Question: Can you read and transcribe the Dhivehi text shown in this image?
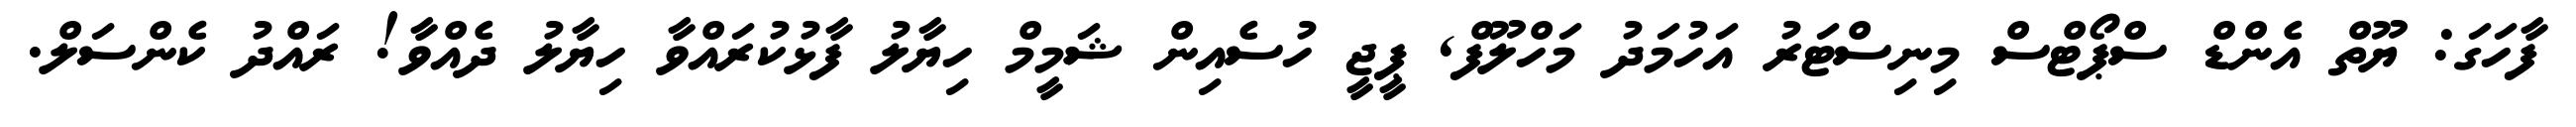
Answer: ފާހަގަ: ޔޫތް އެންޑް ސްޕޯޓްސް މިނިސްޓަރު އަހުމަދު މަހްލޫފް, ޕީޖީ ހުސެއިން ޝަމީމް ހިޔާލު ފާޅުކުރައްވާ ހިޔާލު ދެއްވާ! ރައްދު ކެންސަލް.